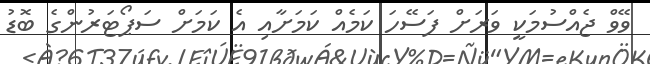
ވޭވް ޖެއްސުމަކީ ވަރަށް ފަސޭހަ ކަމެއް ކަމަށާއި އެ ކަމަށް ސަޕޯޓަރުންގެ ބޮޑު